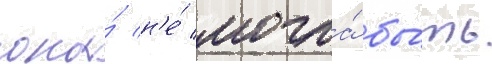
она́ н'е́ могла́ бы́ть